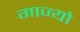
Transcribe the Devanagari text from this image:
गाज्यो